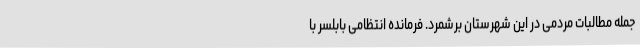
جمله مطالبات مردمی در این شهرستان برشمرد. فرمانده انتظامی بابلسر با